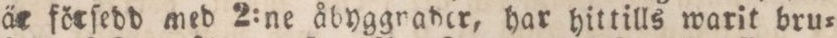
är förſedd med 2:ne åbyggnader, har hittills warit bru=